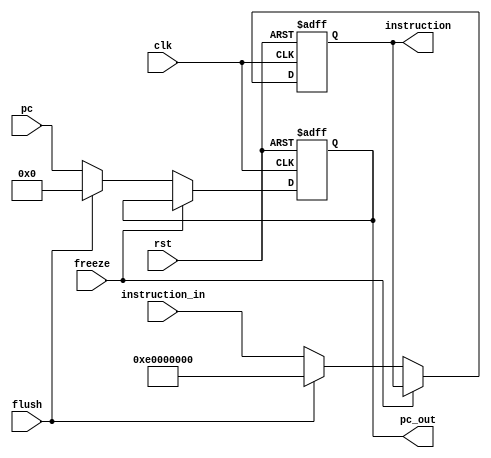
module IF2ID_reg(
  input clk, rst, freeze, flush,
  input [31:0] pc, instruction_in,
  output reg [31:0] instruction, pc_out
);

    always@(posedge clk, posedge rst) begin
        if (rst) begin
            instruction <= 32'b11100000000000000000000000000000;
            pc_out <= 32'b0;
        end
        else if (~freeze) begin
            if (flush) begin
                instruction <= 32'b11100000000000000000000000000000;
                pc_out <= 32'b0;
            end
            else begin
                instruction <= instruction_in;
                pc_out <= pc;
            end
        end
    end
endmodule